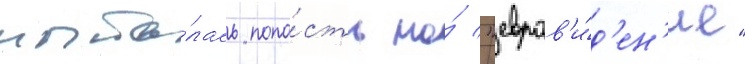
пыта́лась попа́сть на́ "евров'и́д'ен'ие"